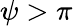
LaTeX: \psi>\pi